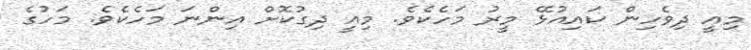
މިއީ ދިވެހިން ކައިއުޅޭ މީރު މަހެކެވެ. މިއީ ދިގުކޮށް އިންނަ މަހެކެވެ. މަހުގެ